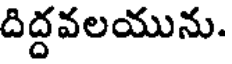
దిద్దవలయును.